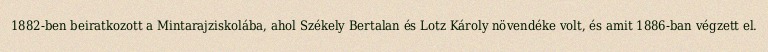
1882-ben beiratkozott a Mintarajziskolába, ahol Székely Bertalan és Lotz Károly növendéke volt, és amit 1886-ban végzett el.